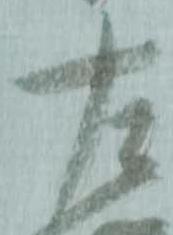
左